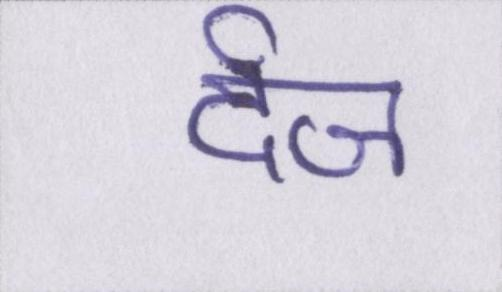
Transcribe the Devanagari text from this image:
र्दज